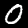
Label: 0